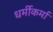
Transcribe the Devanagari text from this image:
धर्मीकर्मा